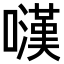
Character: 𡁚